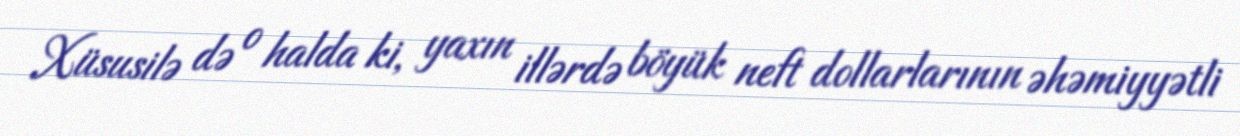
Xüsusilə də o halda ki, yaxın illərdə böyük neft dollarlarının əhəmiyyətli